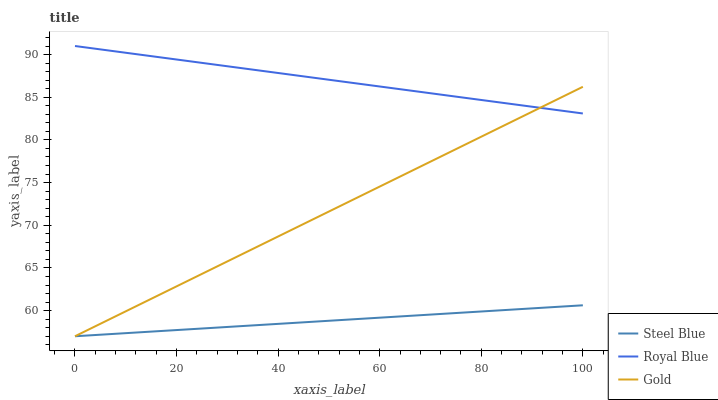
| xaxis_label | Steel Blue | Royal Blue | Gold |
 | --- | --- | --- | --- |
 | 0 | 57 | 91 | 57 |
 | 5.26 | 57.2 | 90.6 | 58.5 |
 | 10.5 | 57.4 | 90.2 | 60.1 |
 | 15.8 | 57.6 | 89.8 | 61.6 |
 | 21.1 | 57.8 | 89.3 | 63.2 |
 | 26.3 | 58 | 88.9 | 64.7 |
 | 31.6 | 58.1 | 88.5 | 66.2 |
 | 36.8 | 58.3 | 88.1 | 67.8 |
 | 42.1 | 58.5 | 87.7 | 69.3 |
 | 47.4 | 58.7 | 87.3 | 70.8 |
 | 52.6 | 58.9 | 86.8 | 72.4 |
 | 57.9 | 59.1 | 86.4 | 73.9 |
 | 63.2 | 59.3 | 86 | 75.5 |
 | 68.4 | 59.5 | 85.6 | 77 |
 | 73.7 | 59.7 | 85.2 | 78.5 |
 | 78.9 | 59.9 | 84.8 | 80.1 |
 | 84.2 | 60.1 | 84.3 | 81.6 |
 | 89.5 | 60.2 | 83.9 | 83.1 |
 | 94.7 | 60.4 | 83.5 | 84.7 |
 | 100 | 60.6 | 83.1 | 86.2 |